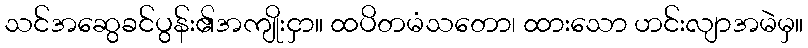
သင်အဆွေခင်ပွန်း၏အကျိုးငှာ။ ထပိတမံသတော၊ ထားသော ဟင်းလျာအမဲမှ။